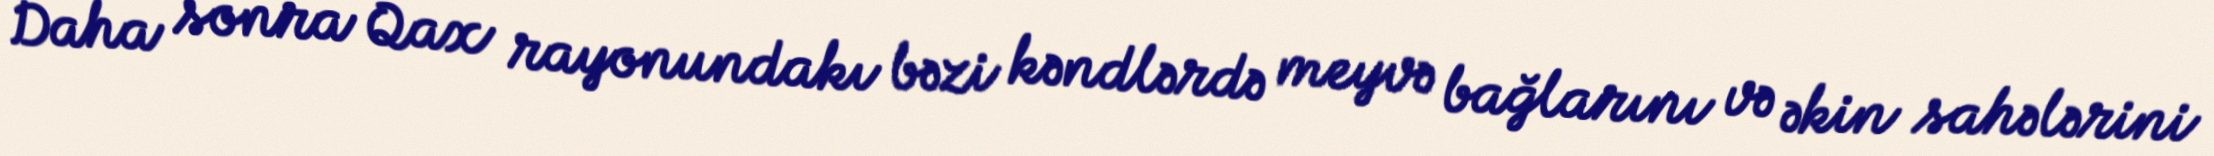
Daha sonra Qax rayonundakı bəzi kəndlərdə meyvə bağlarını və əkin sahələrini